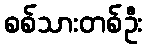
စစ်သားတစ်ဦး